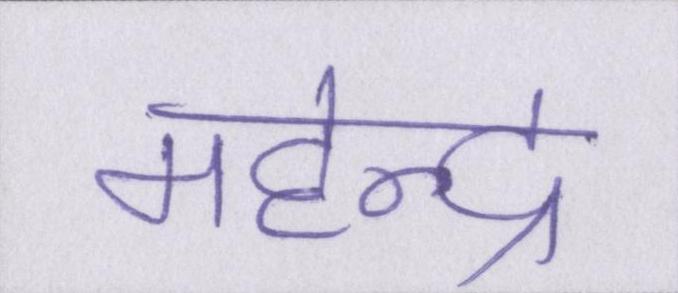
महेन्द्र